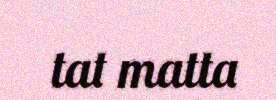
tat matta